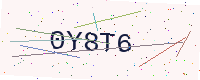
Text: 0Y8T6